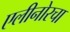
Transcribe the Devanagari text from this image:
एलीनोरचा